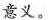
意义。